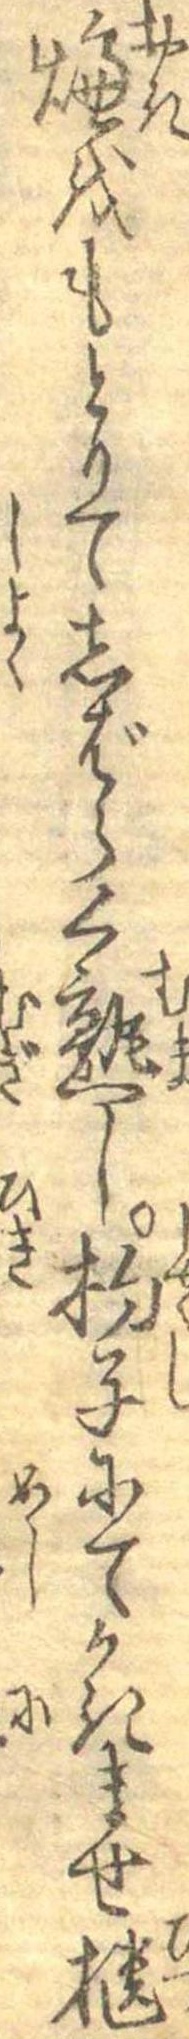
燠をもとりてしばらく熟し杓子にてかきませ櫃